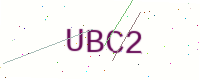
Text: UBC2